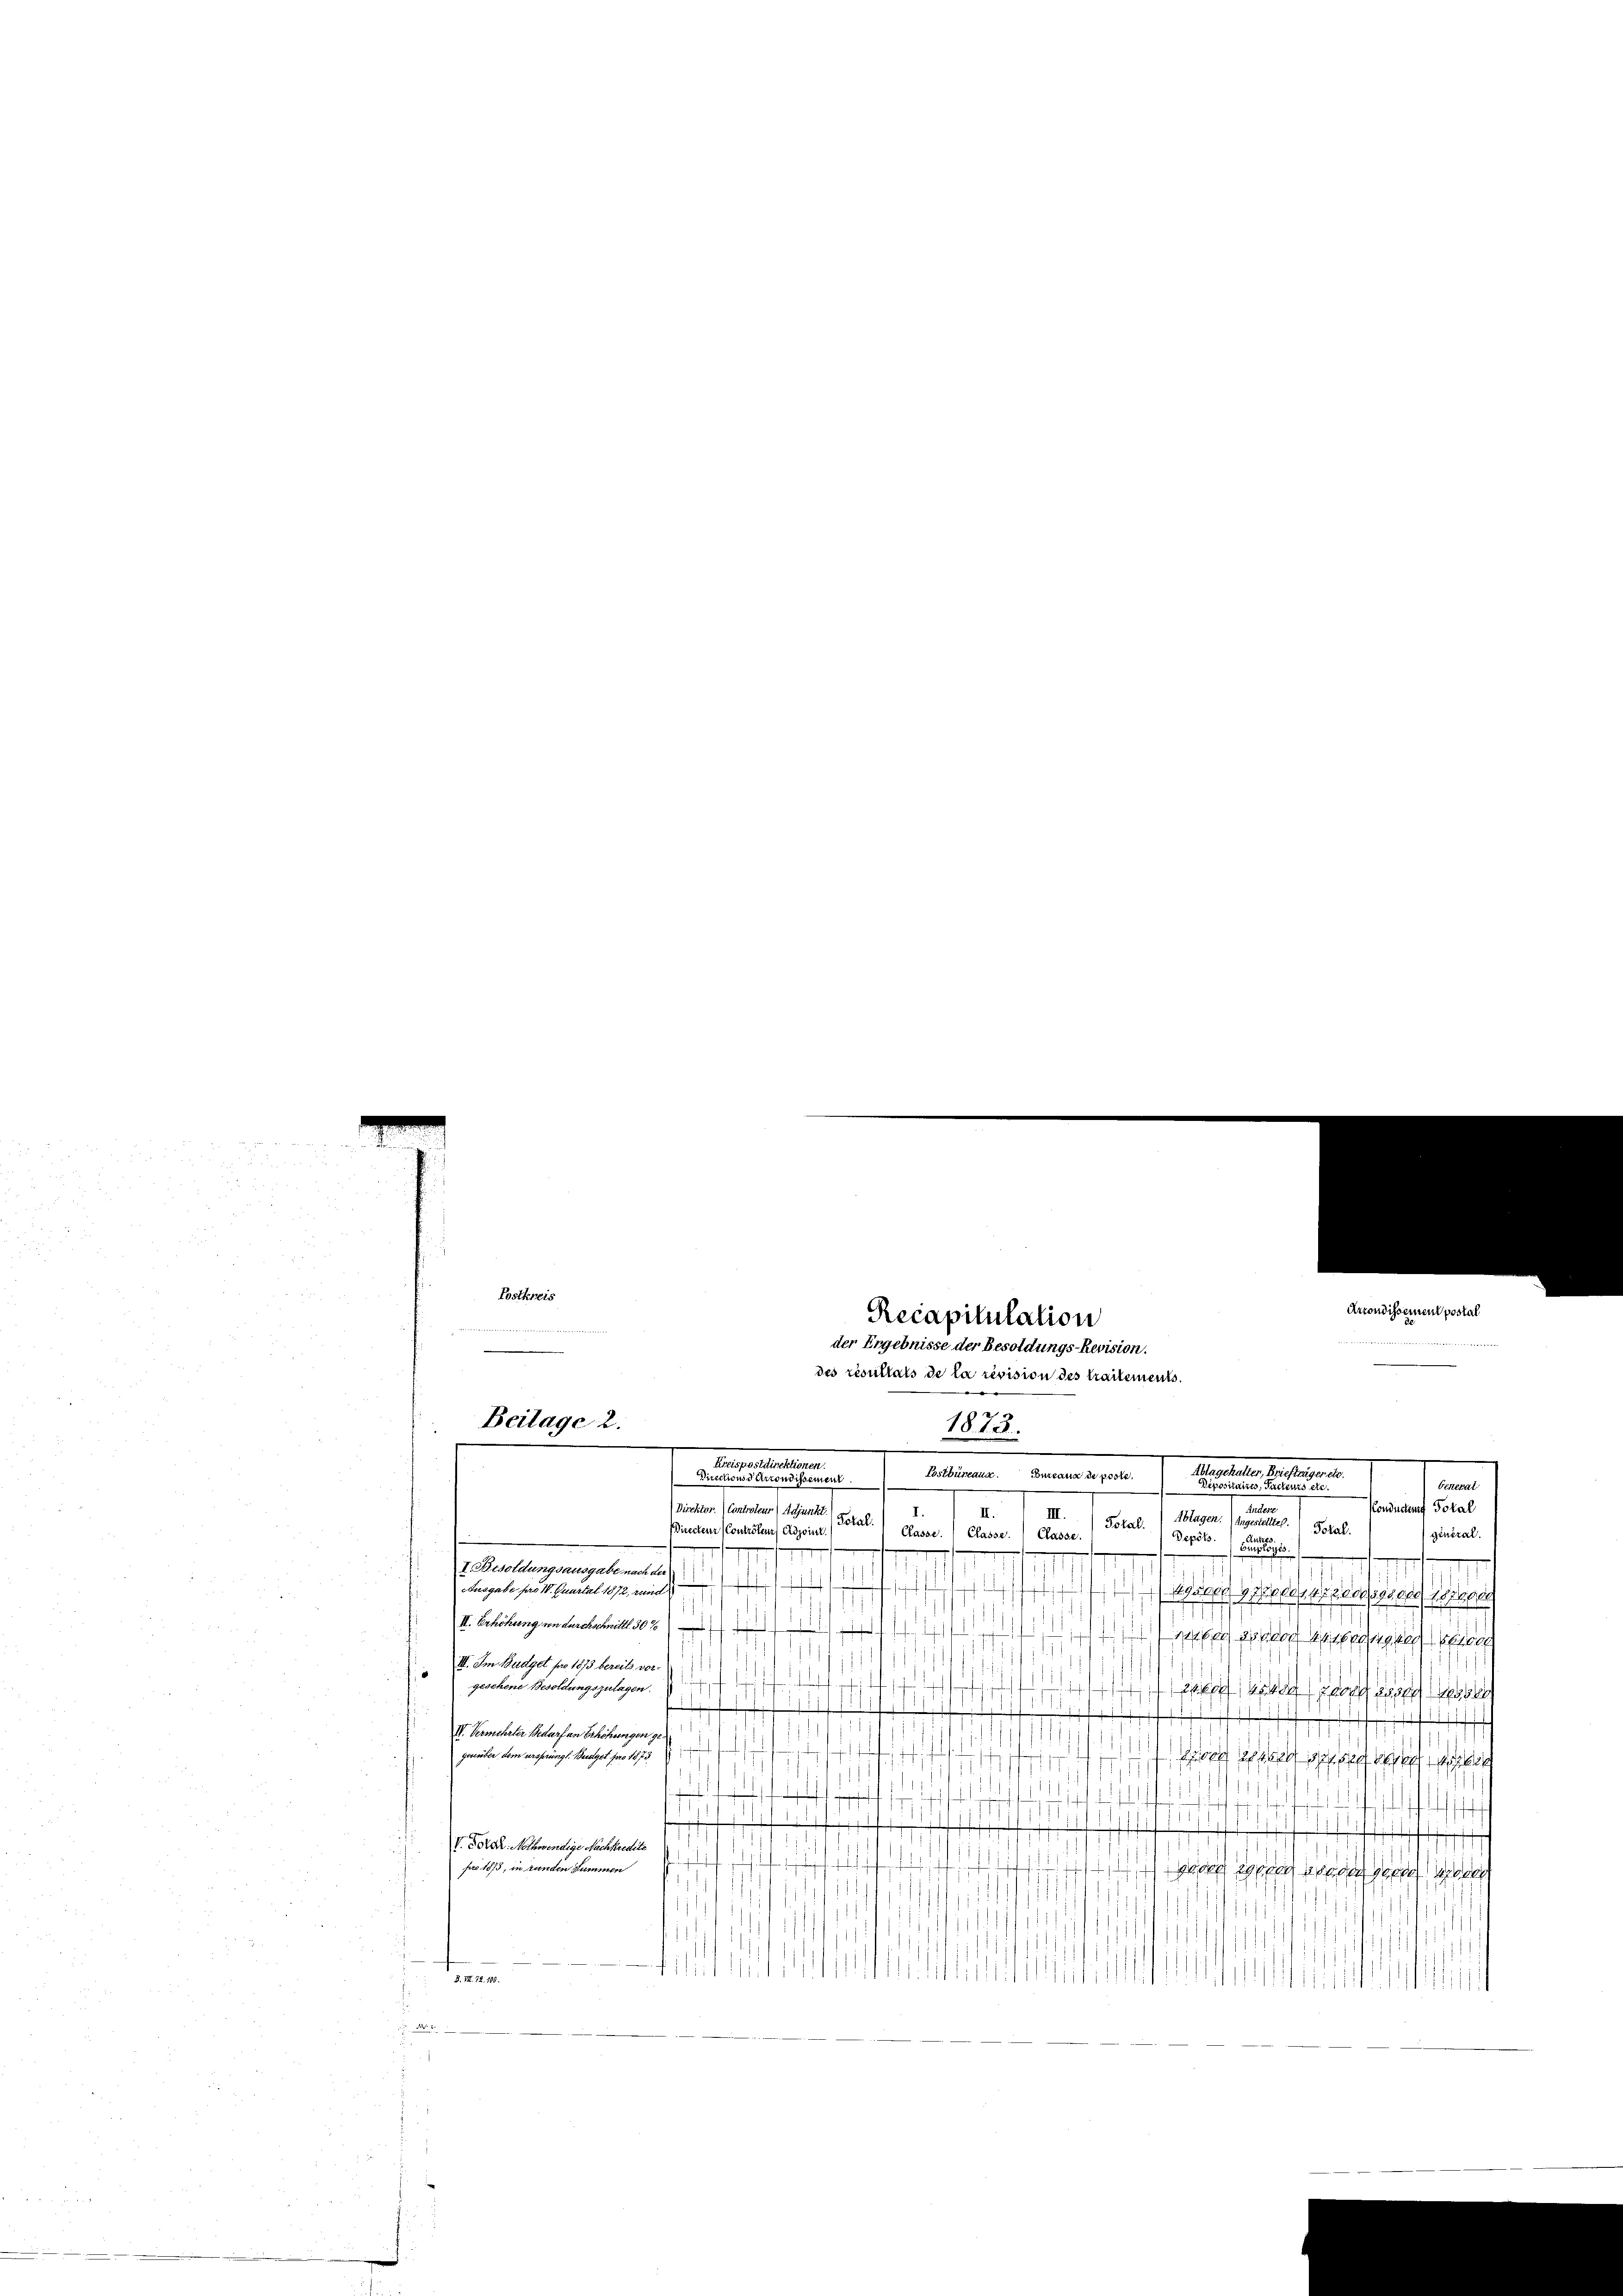
Postkreis

Beilage 2.
Direktor.) Controleur (Adjunk
Directeur (Contrôleur adjoint.

Arrondissement postal
10.
1
Conducte Total
et
III
Sotal.
Ablagen. (Angestellte. Total.
Total.
Classe. Classe. Classe.
general
Depots.
e
I. Besoldungsausgabe nach der
Ausgabe pro 1. Quartal 1872, und
gälle geden 17200029500, 187600
.
II. Verhöhung von durchschnittl 30%
silber es doch in ange seien
III. Im Budget pro 1873 bereits vorf
fe de
geschene Besoldungszulagen.
2sten wird dass
I. Vermehrter Bedarf an Erhöhungen 9.
seiter dem macherungl. Regel pro 1873
doch ist es seien diese
11
V. Idiot. Nothwendige Nachkredit

pro 1875, in Landen Summen
gaden 29sten anden gegen de
B. II. 72. 100.

Recapitulation
der Ergebnisse der Besoldungs-Revision.
des résultats de la revision des Craitements
e
1813.
Kreispostdirektionen
chalter, Brieft
Lostbüreau. Bureaux de poste
Directionsdarrondissement
ee, Jac

Venerat